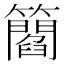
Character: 𥶿